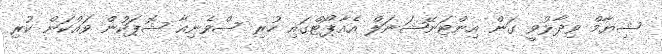
ޝިޔާމް ވިދާޅުވީ ގަން އިންޓަނޭޝަނަލް އެއާޕޯޓްގައި ހުރި ސްވެނިއާ ޝޮޕަކުން ވައްކަން ކުރި